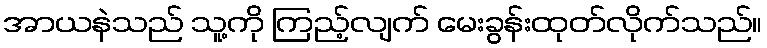
အာယနဲသည် သူ့ကို ကြည့်လျက် မေးခွန်းထုတ်လိုက်သည်။